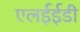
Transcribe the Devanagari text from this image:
एलईईडी